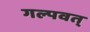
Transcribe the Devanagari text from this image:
गल्पवत्